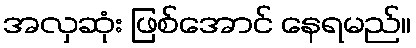
အလှဆုံး ဖြစ်အောင် နေရမည်။